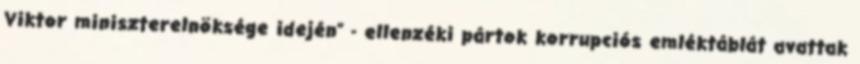
Viktor miniszterelnöksége idején" - ellenzéki pártok korrupciós emléktáblát avattak